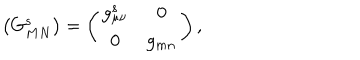
\left( G _ { M N } ^ { s } \right) = \left( \begin{matrix} { { g _ { \mu \nu } ^ { s } } } & { { 0 } } \\ { { 0 } } & { { g _ { m n } } } \\ \end{matrix} \right) ,